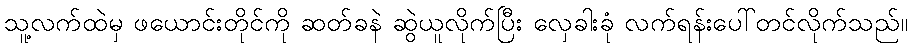
သူ့လက်ထဲမှ ဖယောင်းတိုင်ကို ဆတ်ခနဲ ဆွဲယူလိုက်ပြီး လှေခါးခုံ လက်ရန်းပေါ်တင်လိုက်သည်။